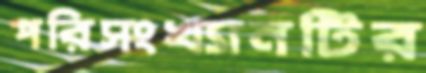
পরিসংখ্যানটির